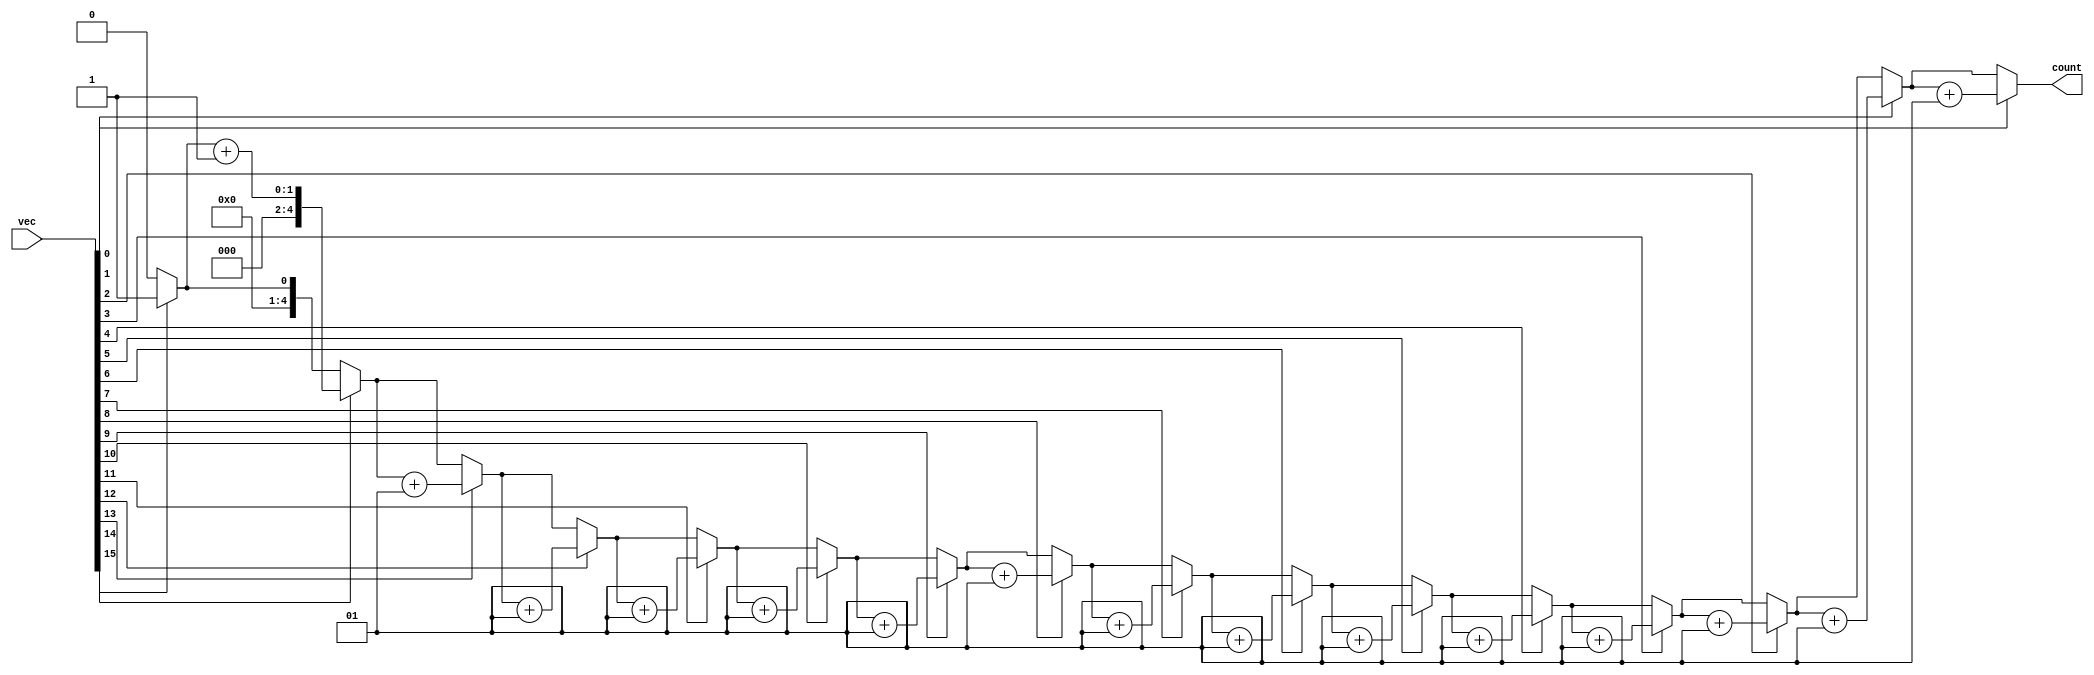
module count_ones_v(input [15:0] vec, output reg [4:0] count);
    integer i;
    integer result;
    always @(vec) begin
        result = 0;
        for (i=15; i>=0; i=i-1) begin
            if(vec[i] == 1'b1) begin
                result = result + 1;
            end
        end
        count = result;
    end
endmodule